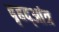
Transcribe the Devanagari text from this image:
बृहद्आंत्र